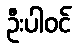
ဦးပါဝင်